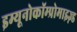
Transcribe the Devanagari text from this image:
इम्यूनोकॉम्प्रोमाइज़्ड